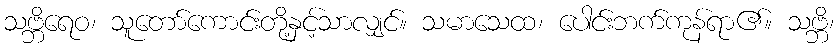
သဗ္ဘိရေဝ၊ သူတော်ကောင်းတို့နှင့်သာလျှင်။ သမာသေထ၊ ပေါင်းဘက်ကုန်ရာ၏။ သဗ္ဘိ၊